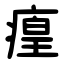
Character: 㾮